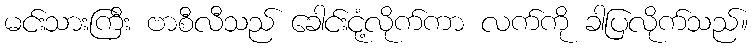
မင်းသားကြီး ဗာစီလီသည် ခေါင်းငုံ့လိုက်ကာ လက်ကို ခါပြလိုက်သည်။